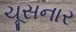
ચૂસનાર